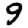
Digit: 9